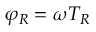
\varphi _ { R } = \omega T _ { R }